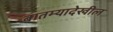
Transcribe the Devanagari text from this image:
बातम्यादेखील